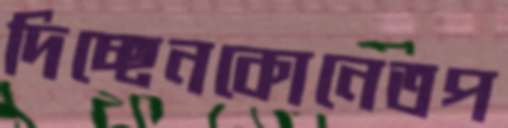
দিচ্ছেনকোনেতপ